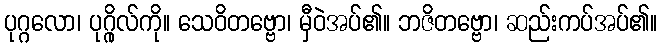
ပုဂ္ဂလော၊ ပုဂ္ဂိုလ်ကို။ သေဝိတဗ္ဗော၊ မှီဝဲအပ်၏။ ဘဇိတဗ္ဗော၊ ဆည်းကပ်အပ်၏။